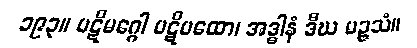
၁၉၃။ ပဋိမဂ္ဂေါ ပဋိပထော၊ အဒ္ဓါနံ ဒီဃ မဉ္ဇသံ။